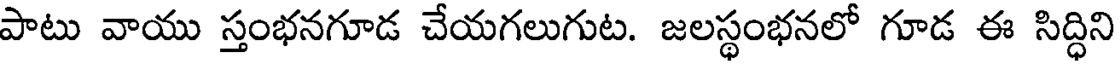
పాటు వాయు స్తంభనగూడ చేయగలుగుట. జలస్థంభనలో గూడ ఈ సిద్ధిని